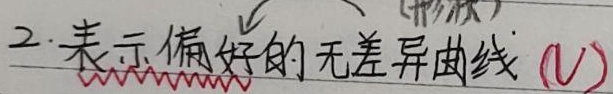
2. 表示偏好的无差异曲线 ($U$)